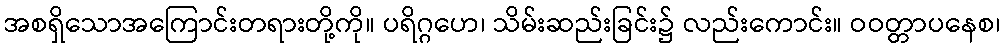
အစရှိသောအကြောင်းတရားတို့ကို။ ပရိဂ္ဂဟေ၊ သိမ်းဆည်းခြင်း၌ လည်းကောင်း။ ဝဝတ္တာပနေစ၊